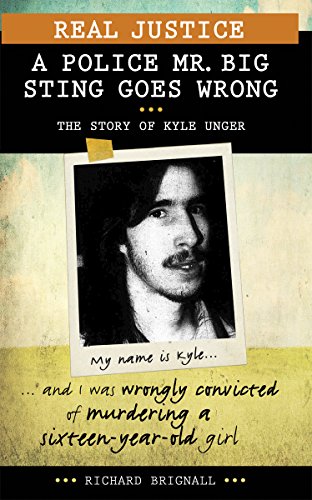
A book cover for Real Justice: A Police Mr. Big Sting Goes Wrong: The Story of Kyle Unger (Lorimer Real Justice); Richard Brignall; Teen & Young Adult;